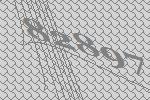
82897